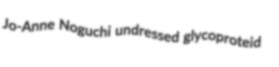
Jo-Anne Noguchi undressed glycoproteid